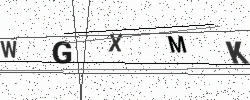
Text: WGXMK